Plague in India, 1896, 1897 - Volume 2
Year: 1896
Disease focus: Plague
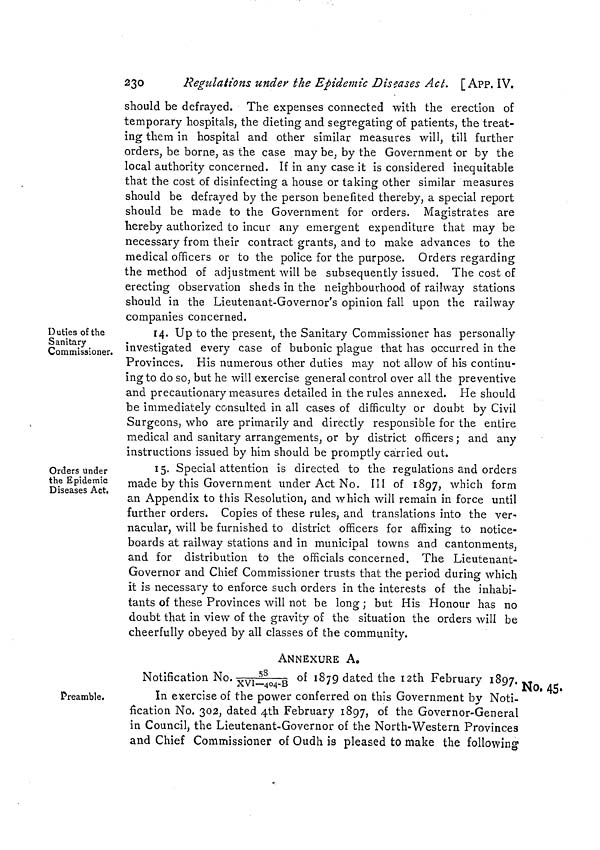
230
Regulations under the Epidemic Diseases Act. [App. IV.
should be defrayed. The expenses connected with the erection of
temporary hospitals, the dieting and segregating of patients, the treat-
ing them in hospital and other similar measures will, till further
orders, be borne, as the case may be, by the Government or by the
local authority concerned. If in any case it is considered inequitable
that the cost of disinfecting a house or taking other similar measures
should be defrayed by the person benefited thereby, a special report
should be made to the Government for orders. Magistrates are
hereby authorized to incur any emergent expenditure that may be
necessary from their contract grants, and to make advances to the
medical officers or to the police for the purpose. Orders regarding
the method of adjustment will be subsequently issued. The cost of
erecting observation sheds in the neighbourhood of railway stations
should in the Lieutenant-Governor's opinion fall upon the railway
companies concerned.
Duties of the
Sanitary
Commissioner.
14. Up to the present, the Sanitary Commissioner has personally
investigated every case of bubonic plague that has occurred in the
Provinces. His numerous other duties may not allow of his continu-
ing to do so, but he will exercise general control over all the preventive
and precautionary measures detailed in the rules annexed. He should
be immediately consulted in all cases of difficulty or doubt by Civil
Surgeons, who are primarily and directly responsible for the entire
medical and sanitary arrangements, or by district officers ; and any
instructions issued by him should be promptly carried out.
Orders under
the Epidemic
Diseases Act.
15. Special attention is directed to the regulations and orders
made by this Government under Act No. III of 1897, which form
an Appendix to this Resolution, and which will remain in force until
further orders. Copies of these rules, and translations into the ver-
nacular, will be furnished to district officers for affixing to notice-
boards at railway stations and in municipal towns and cantonments,
and for distribution to the officials concerned. The Lieutenant-
Governor and Chief Commissioner trusts that the period during which
it is necessary to enforce such orders in the interests of the inhabi-
tants of these Provinces will not be long ; but His Honour has no
doubt that in view of the gravity of the situation the orders will be
cheerfully obeyed by all classes of the community.
ANNEXURE A.
Preamble.
No, 45,
Notification No. 58/XVI-404-B of 1879 dated the I2th February 1897.
In exercise of the power conferred on this Government by Noti-
fication No. 302, dated 4th February 1897, of the Governor-General
in Council, the Lieutenant-Governor of the North-Western Provinces
and Chief Commissioner of Oudh is pleased to make the following